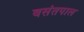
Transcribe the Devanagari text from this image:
बसंतपाल